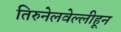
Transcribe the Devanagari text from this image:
तिरुनेलवेल्लीहून